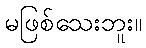
မဖြစ်သေးဘူး။